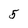
Character: 5